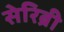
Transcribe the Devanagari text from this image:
सेरिब्री